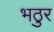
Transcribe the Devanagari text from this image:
भठुर